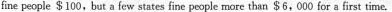
fine people $100,but a few states fine people more than $6,000 for a first time.